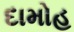
દામોહ